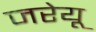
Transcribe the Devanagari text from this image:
जरेयू